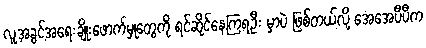
လူ့အခွင့်အရေးချိုးဖောက်မှုတွေကို ရင်ဆိုင်နေကြရဦး မှာပဲ ဖြစ်တယ်လို့ အေအေပီပီက